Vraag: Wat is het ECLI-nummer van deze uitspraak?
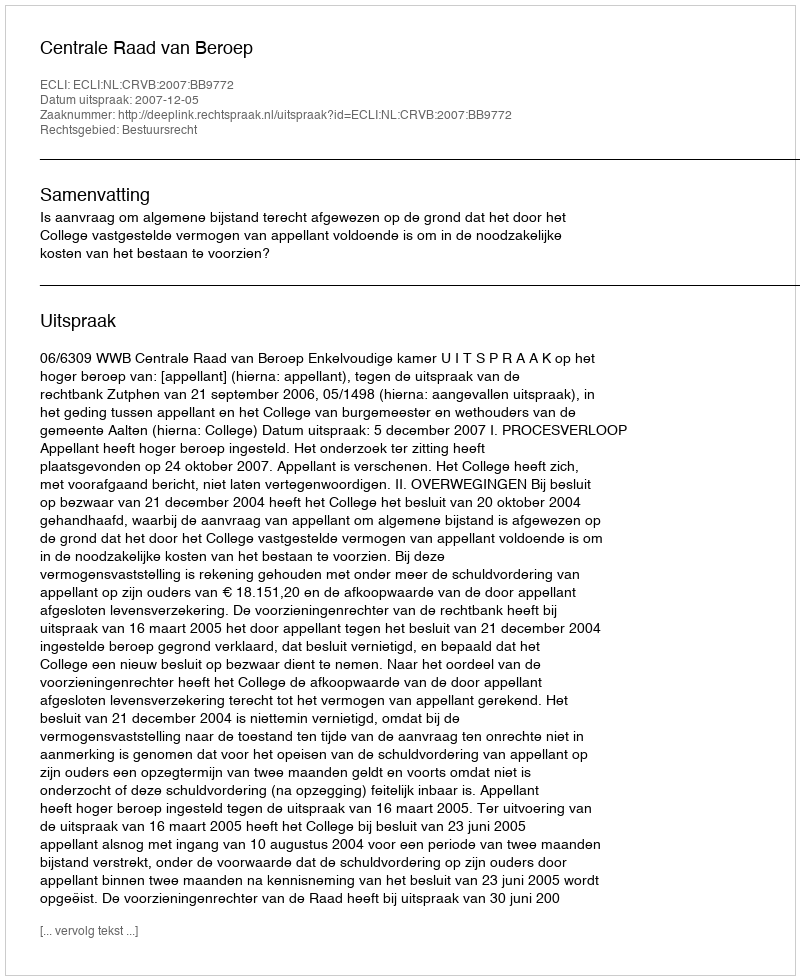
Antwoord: ECLI:NL:CRVB:2007:BB9772